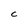
Character: C